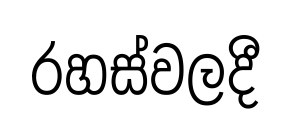
රහස්වලදී